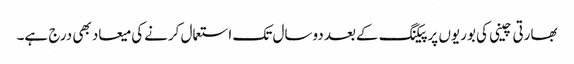
بھارتی چینی کی بوریوں پرپیکنگ کےبعد دوسال تک استعمال کرنےکی میعاد بھی درج ہے۔